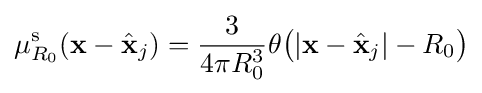
\mu _{R_{0}}^{\text{s}}(\mathbf {x} -{\hat {\mathbf {x} }}_{j})={\frac {3}{4\pi R_{0}^{3}}}\theta {\big (}|\mathbf {x} -{\hat {\mathbf {x} }}_{j}|-R_{0}{\big )}